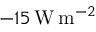
- 1 5 \, \mathrm { W } \, \mathrm { m } ^ { - 2 }